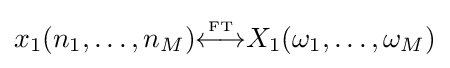
x_{1}(n_{1},\ldots ,n_{M}){\overset {\underset {\mathrm {FT} }{}}{\longleftrightarrow }}X_{1}(\omega _{1},\ldots ,\omega _{M})